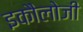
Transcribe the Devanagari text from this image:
इकौलोजी